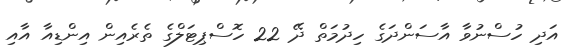
އަދި ހުސްނުވާ އާސަންދަގެ ހިދުމަތް ދޭ 22 ހޮސްޕިޓަލްގެ ތެރެއިން އިންޑިއާ އާއި